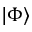
| \Phi \rangle